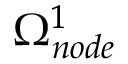
\Omega _ { n o d e } ^ { 1 }